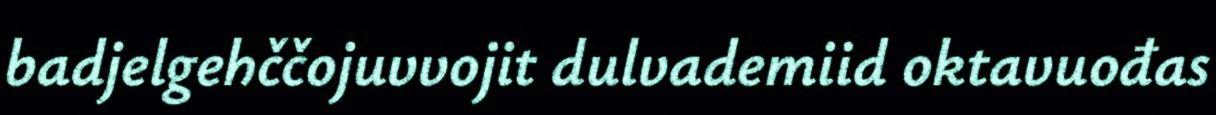
badjelgehččojuvvojit dulvademiid oktavuođas